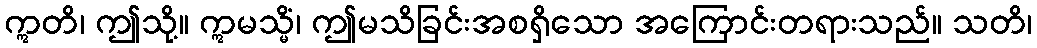
ဣတိ၊ ဤသို့။ ဣမသ္မိံ၊ ဤမသိခြင်းအစရှိသော အကြောင်းတရားသည်။ သတိ၊